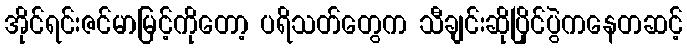
အိုင်ရင်းဇင်မာမြင့်ကိုတော့ ပရိသတ်တွေက သီချင်းဆိုပြိုင်ပွဲကနေတဆင့်